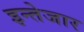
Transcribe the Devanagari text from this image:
इन्तेजार